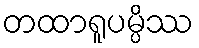
တထာရူပမ္ပိဿ